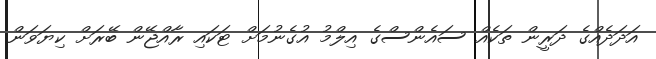
އަދަދެއްގެ ދަރީން ތަކެއް ސައެންސްގެ އިލްމު އުގެނުމަށް ޓަކައި ރާއްޖޭން ބޭރަށް ކިޔަވަން